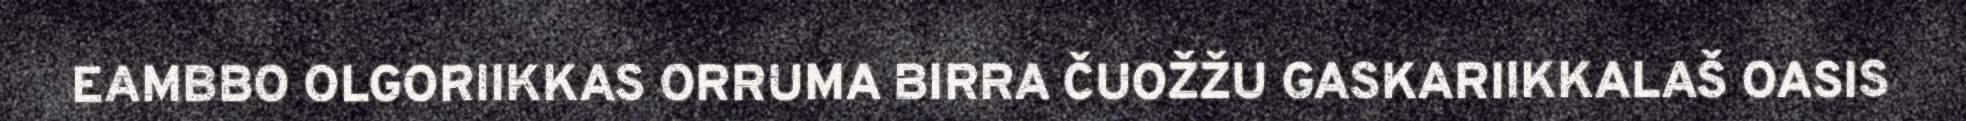
EAMBBO OLGORIIKKAS ORRUMA BIRRA ČUOŽŽU GASKARIIKKALAŠ OASIS